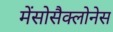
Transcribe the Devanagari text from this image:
मेंसोसैक्लोनेस